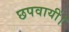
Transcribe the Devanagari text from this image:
छपवायीं।